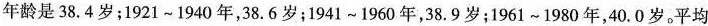
年龄是38.4岁；1921~1940年，38.6岁；1941~1960年，38.9岁；1961~1980年，40.0岁。平均